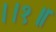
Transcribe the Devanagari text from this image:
।।१॥